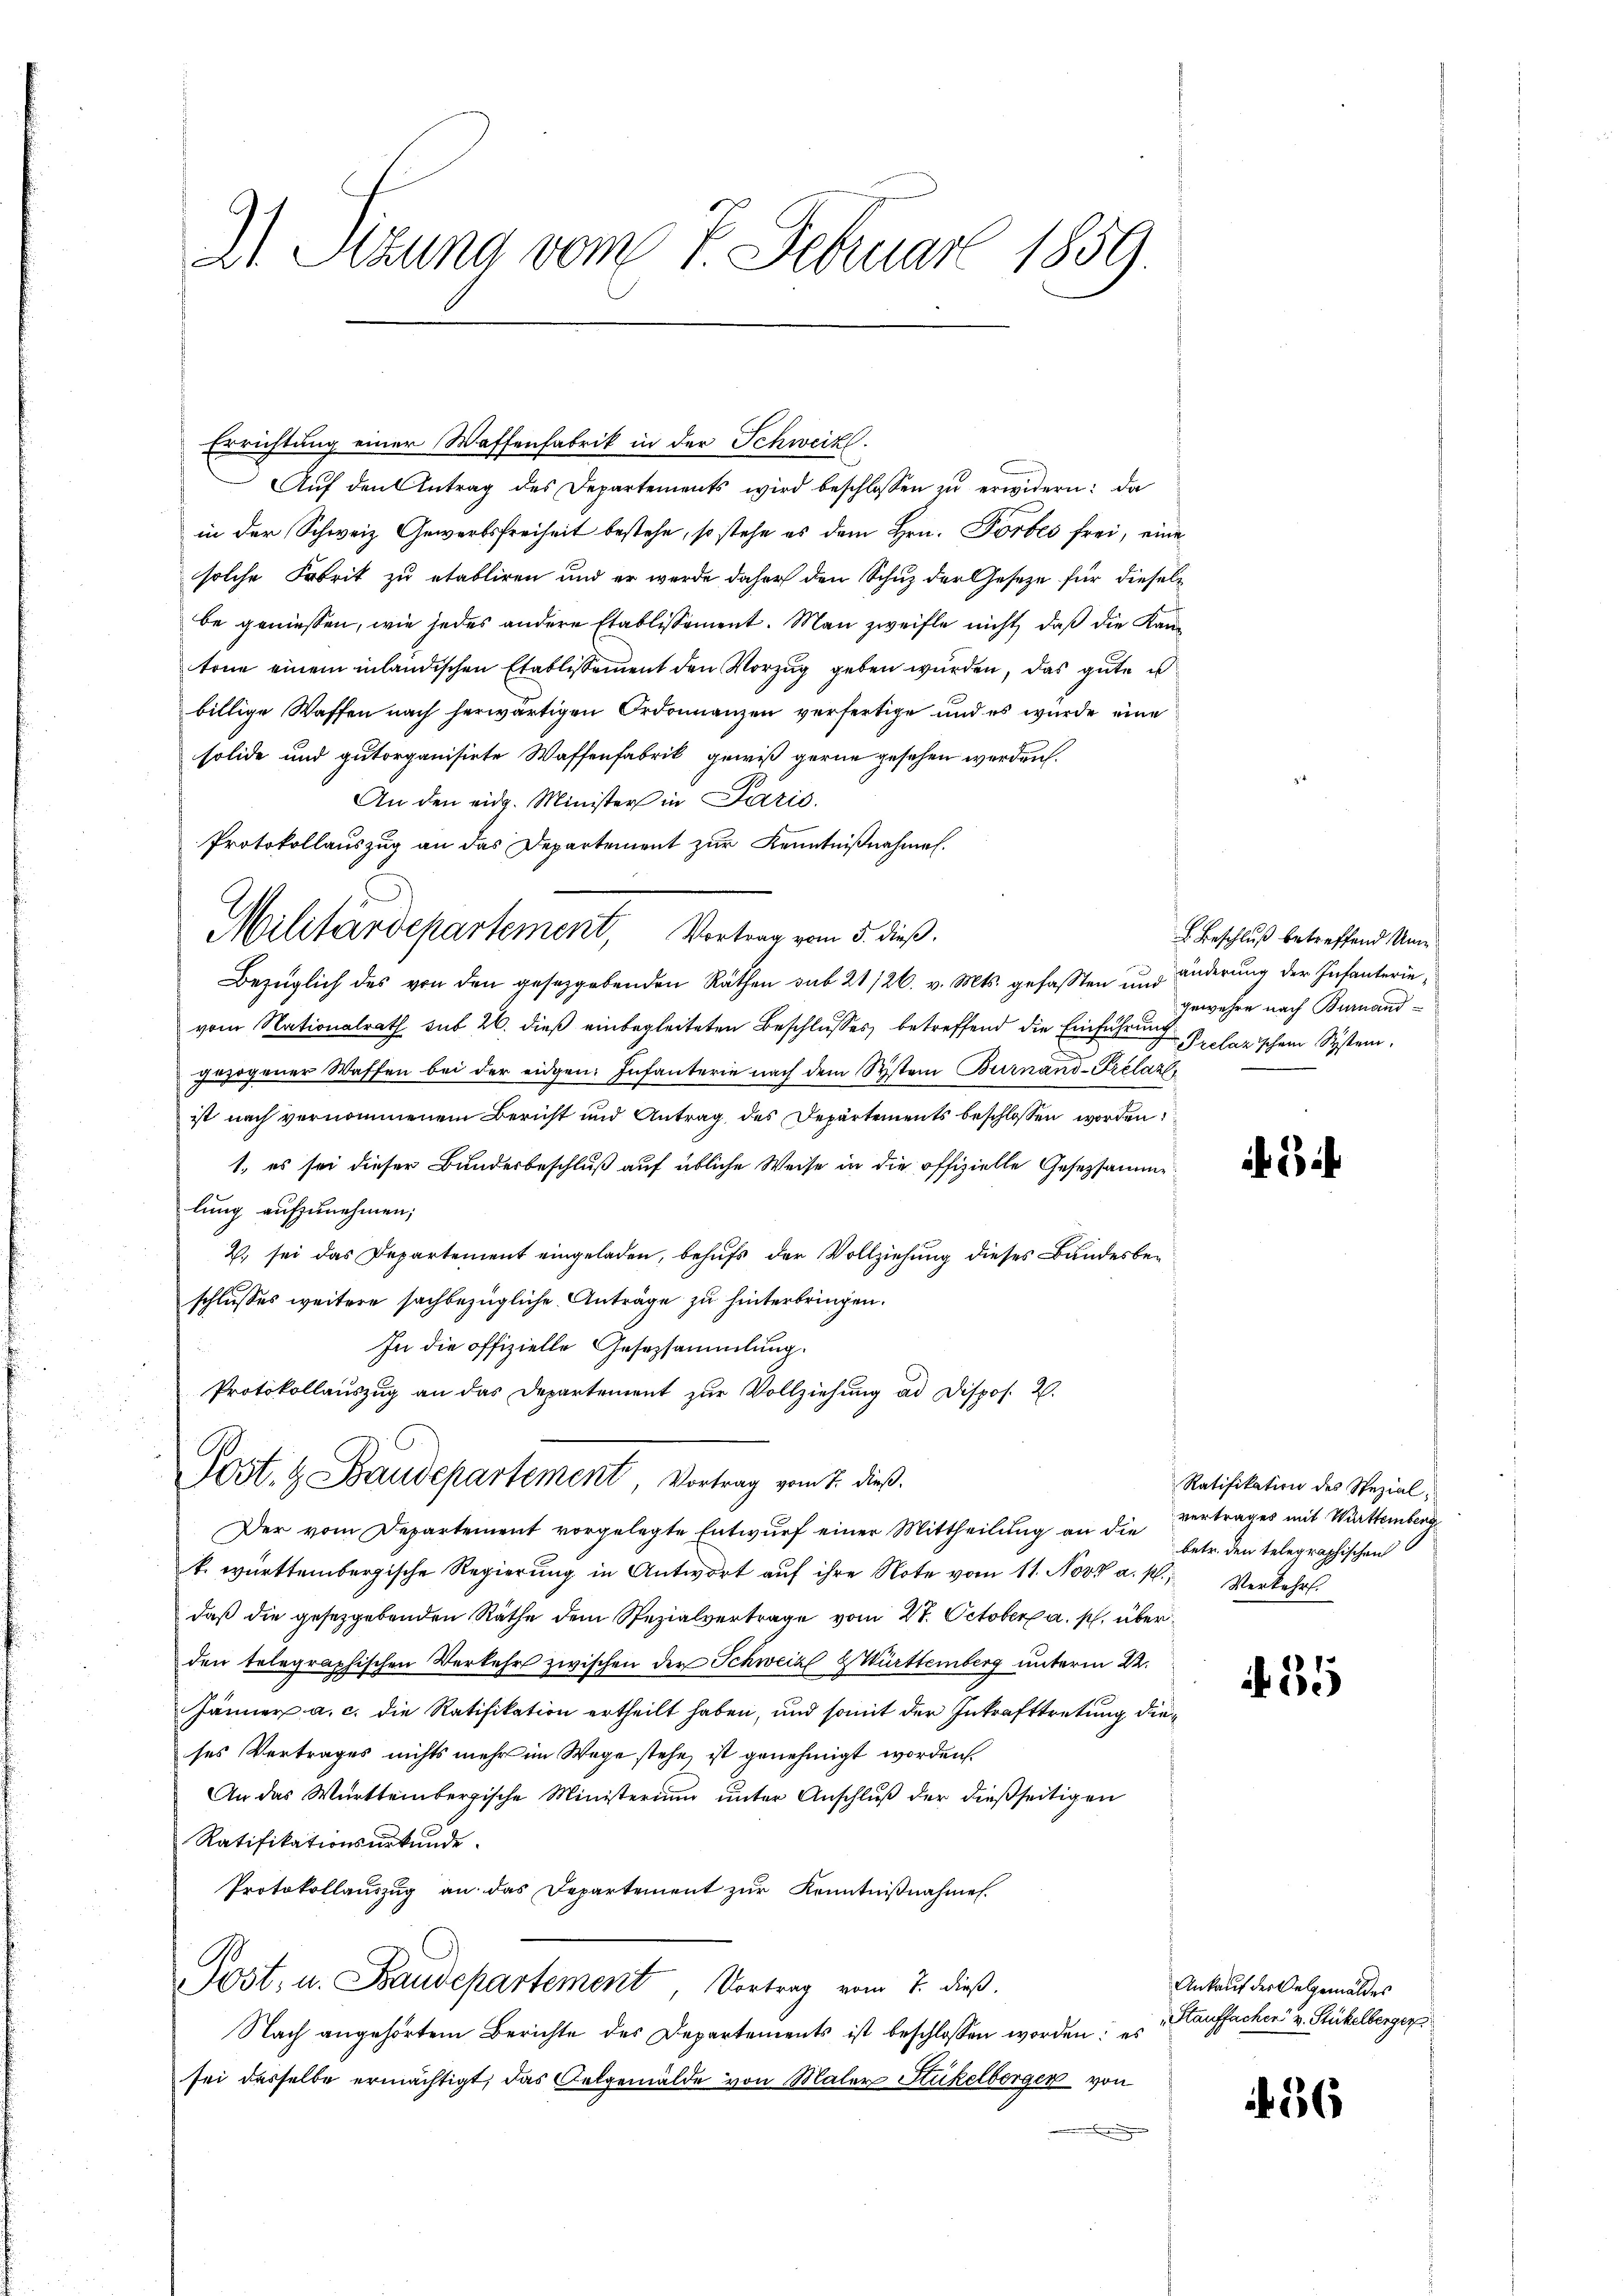
2 Sizung vom 7. Februar 1859.

Errichtung einer Waffenfabrik in der Schweiz.
Aŭf den Antrag des Departements wird beschlossen zŭ erwidern: da
in der Schweiz Gewerbsfreiheit bestehe, so stehe es dem Hrn. Förbes frei, eine
solche Fabrik zu etabliren und er werde daher den Schuz der Gesetze für dieselbe geniessen, wie jedes andere Etablissement. Man zweifle nicht, daß die Kantone einem inländischen Etablissement den Vorzug geben wurden, das gute es
billige Waffen nach herwärtigen Ordonnanzen verfertige und es wurde eine
solide und gutorganisirte Waffenfabrik gewiß gerne gesehen werden.
An den eidg. Minister in Paris.
Protokollauszug an das Departement zur Kenntnißnahmen.
Militärdepartement, Vortrag vom 5. dieß.
Bezüglich des von den gesetzgebenden Räthen sub 21126. v. Mts. gefaßten und änderung der Infanterievom Nationalrath sub 26. dieß einbegleiteten Beschlusses betreffend die Einführung eclarischen System.
gezogener Waffen bei der eidgen: Infanterie nach dem System Burnand-Prelaz
ist nach vernommenen Bericht und Antrag des Departements beschlossen worden:
1. es sei dieser Bundesbeschluß auf übliche Weise in die offizielle Gesetzsamme
lung aufzunehmen;
2. sei das Departement eingeladen, behufs der Vollziehung dieses Bundesbeschlusses weitere sachbezügliche Anträge zu hinterbringen.
In die offizielle Gesetzsammlung.
Protokollaŭszŭg an das Departement zŭr Vollziehŭng ad Dispos. 2.
Post. H. Baudepartement Vortrag vom 2. dieß.
Der vom Departement vorgelegte Entwurf einer Mittheilung an die Vertrages mit Württemberg
k. württembergische Regierŭng in Antwort aŭf ihre Note vom 11. Nov. a. M., Verkehrt.
daß die gesetzgebenden Räthe dem Spezialvertrage vom 27. October a. p. überden telegraphischen Verkehr zwischen der Schweiz Z Württemberg unterm 22.
Jänner a. c. die Ratifikation ertheilt haben, und somit der Inkrafttretung dieses Vertrages nichts mehr im Wege stehe ist genehmigt worden.
An das Württembergische Ministerium unter Anschluß der dießseitigen
Ratifikationsurkunde.
Protokollaŭszŭg an das Departement zŭr Kenntniβnahme.
Post, u. Baudepartement, Vortrag vom 7. dieß.
Nach angehörtem Berichte des Departements ist beschlossen worden; es
sei dasselbe ermächtigt, das Oelgemälde von Maler Stickelberger von
.

Beschluß betreffend Umgewehre nach Burnand

Ratifikation des Spezial,
betr. den telegraphischen

35

Ankauf der Oelgemäldes
Stauffachen v. Stückelberger

36